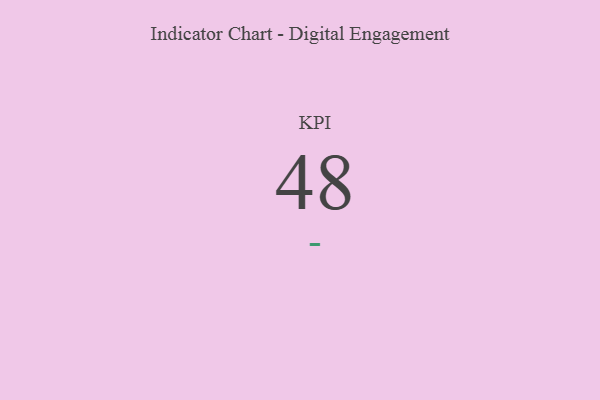
{"axis": {"x": "KPI", "y": "Value"}, "legend": [""], "data": [{"x": "KPI", "y": 48, "type": ""}]}